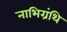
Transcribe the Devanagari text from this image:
नाभिग्रंथि